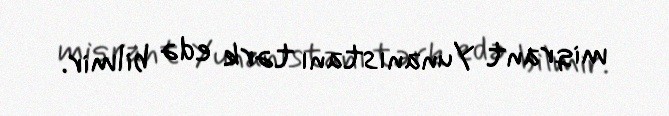
miqrant Yunanıstanı tərk edə bilmir.